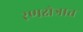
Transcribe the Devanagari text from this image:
रणक्षेत्रात